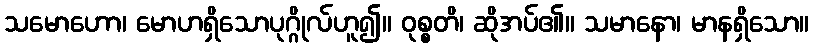
သမောဟော၊ မောဟရှိသောပုဂ္ဂိုလ်ဟူ၍။ ဝုစ္စတိ၊ ဆိုအပ်၏။ သမာနော၊ မာနရှိသော။